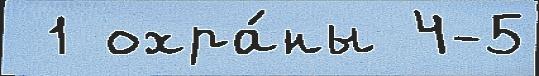
 1 охра́ны 4-5